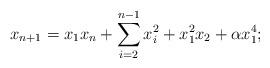
LaTeX: \begin{align*} x_{n+1} = x_1 x_{n} + \sum_{i=2}^{n-1} x_i^2 + x_{1}^2 x_2 + \alpha x_{1}^4;\end{align*}